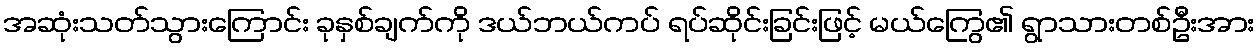
အဆုံးသတ်သွားကြောင်း ခုနှစ်ချက်ကို ဒယ်ဘယ်ကပ် ရပ်ဆိုင်းခြင်းဖြင့် မယ်ကြွေ၏ ရွာသားတစ်ဦးအား